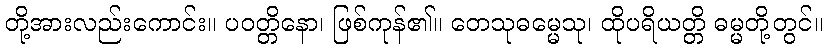
တို့အားလည်းကောင်း။ ပဝတ္တိနော၊ ဖြစ်ကုန်၏။ တေသုဓမ္မေသု၊ ထိုပရိယတ္တိ ဓမ္မတို့တွင်။